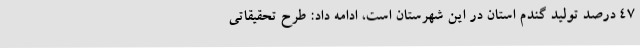
47 درصد تولید گندم استان در این شهرستان است، ادامه داد: طرح تحقیقاتی